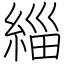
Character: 緇